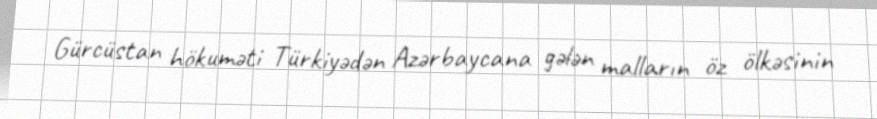
Gürcüstan hökuməti Türkiyədən Azərbaycana gələn malların öz ölkəsinin